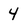
Character: 4